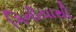
ગિનીયાથી